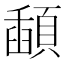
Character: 𩔓